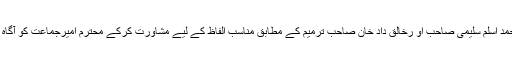
چوہدری محمد اسلم سلیمی صاحب او رخالق داد خان صاحب ترمیم کے مطابق مناسب الفاظ کے لیے مشاورت کرکے محترم امیرجماعت کو آگاہ کردیں گے۔